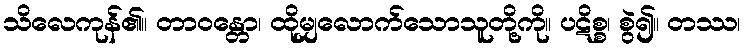
သိလေကုန်၏။ တာဝန္တော၊ ထိုမျှလောက်သောသူတို့ကို။ ပဋိစ္စ၊ စွဲ၍။ တဿ၊